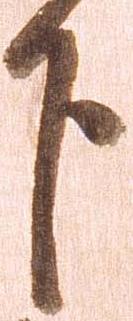
下